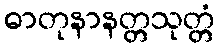
ဓာတုနာနတ္တသုတ္တံ